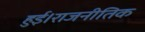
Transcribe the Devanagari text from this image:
हुई।राजनीतिक